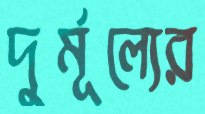
দুর্মূল্যের